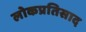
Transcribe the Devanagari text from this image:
लोकप्रतिसाद